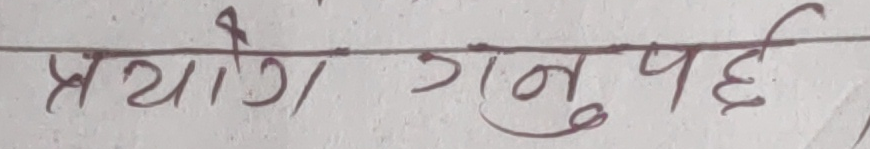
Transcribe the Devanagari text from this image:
प्रयोग गर्नुपर्छ